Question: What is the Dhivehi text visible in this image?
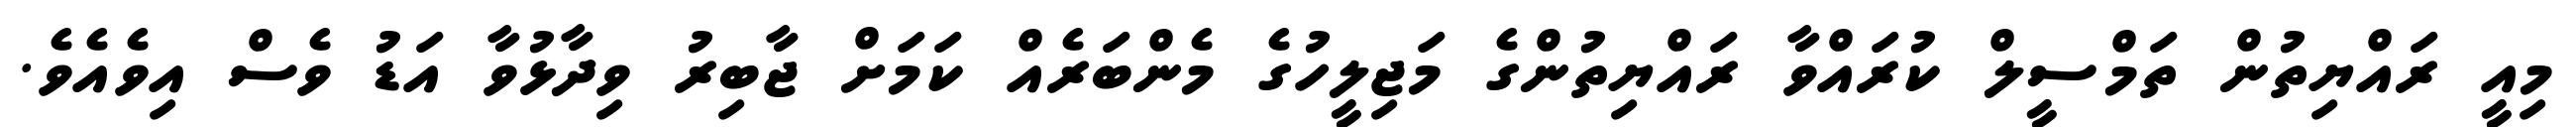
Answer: މިއީ ރައްޔިތުން ތަމްސީލް ކުރައްވާ ރައްޔިތުންގެ މަޖިލީހުގެ މެންބަރެއް ކަމަށް ޖާބިރު ވިދާޅުވާ އަޑު ވެސް އިވެއެވެ.